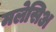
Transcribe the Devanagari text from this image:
मलेसिअ